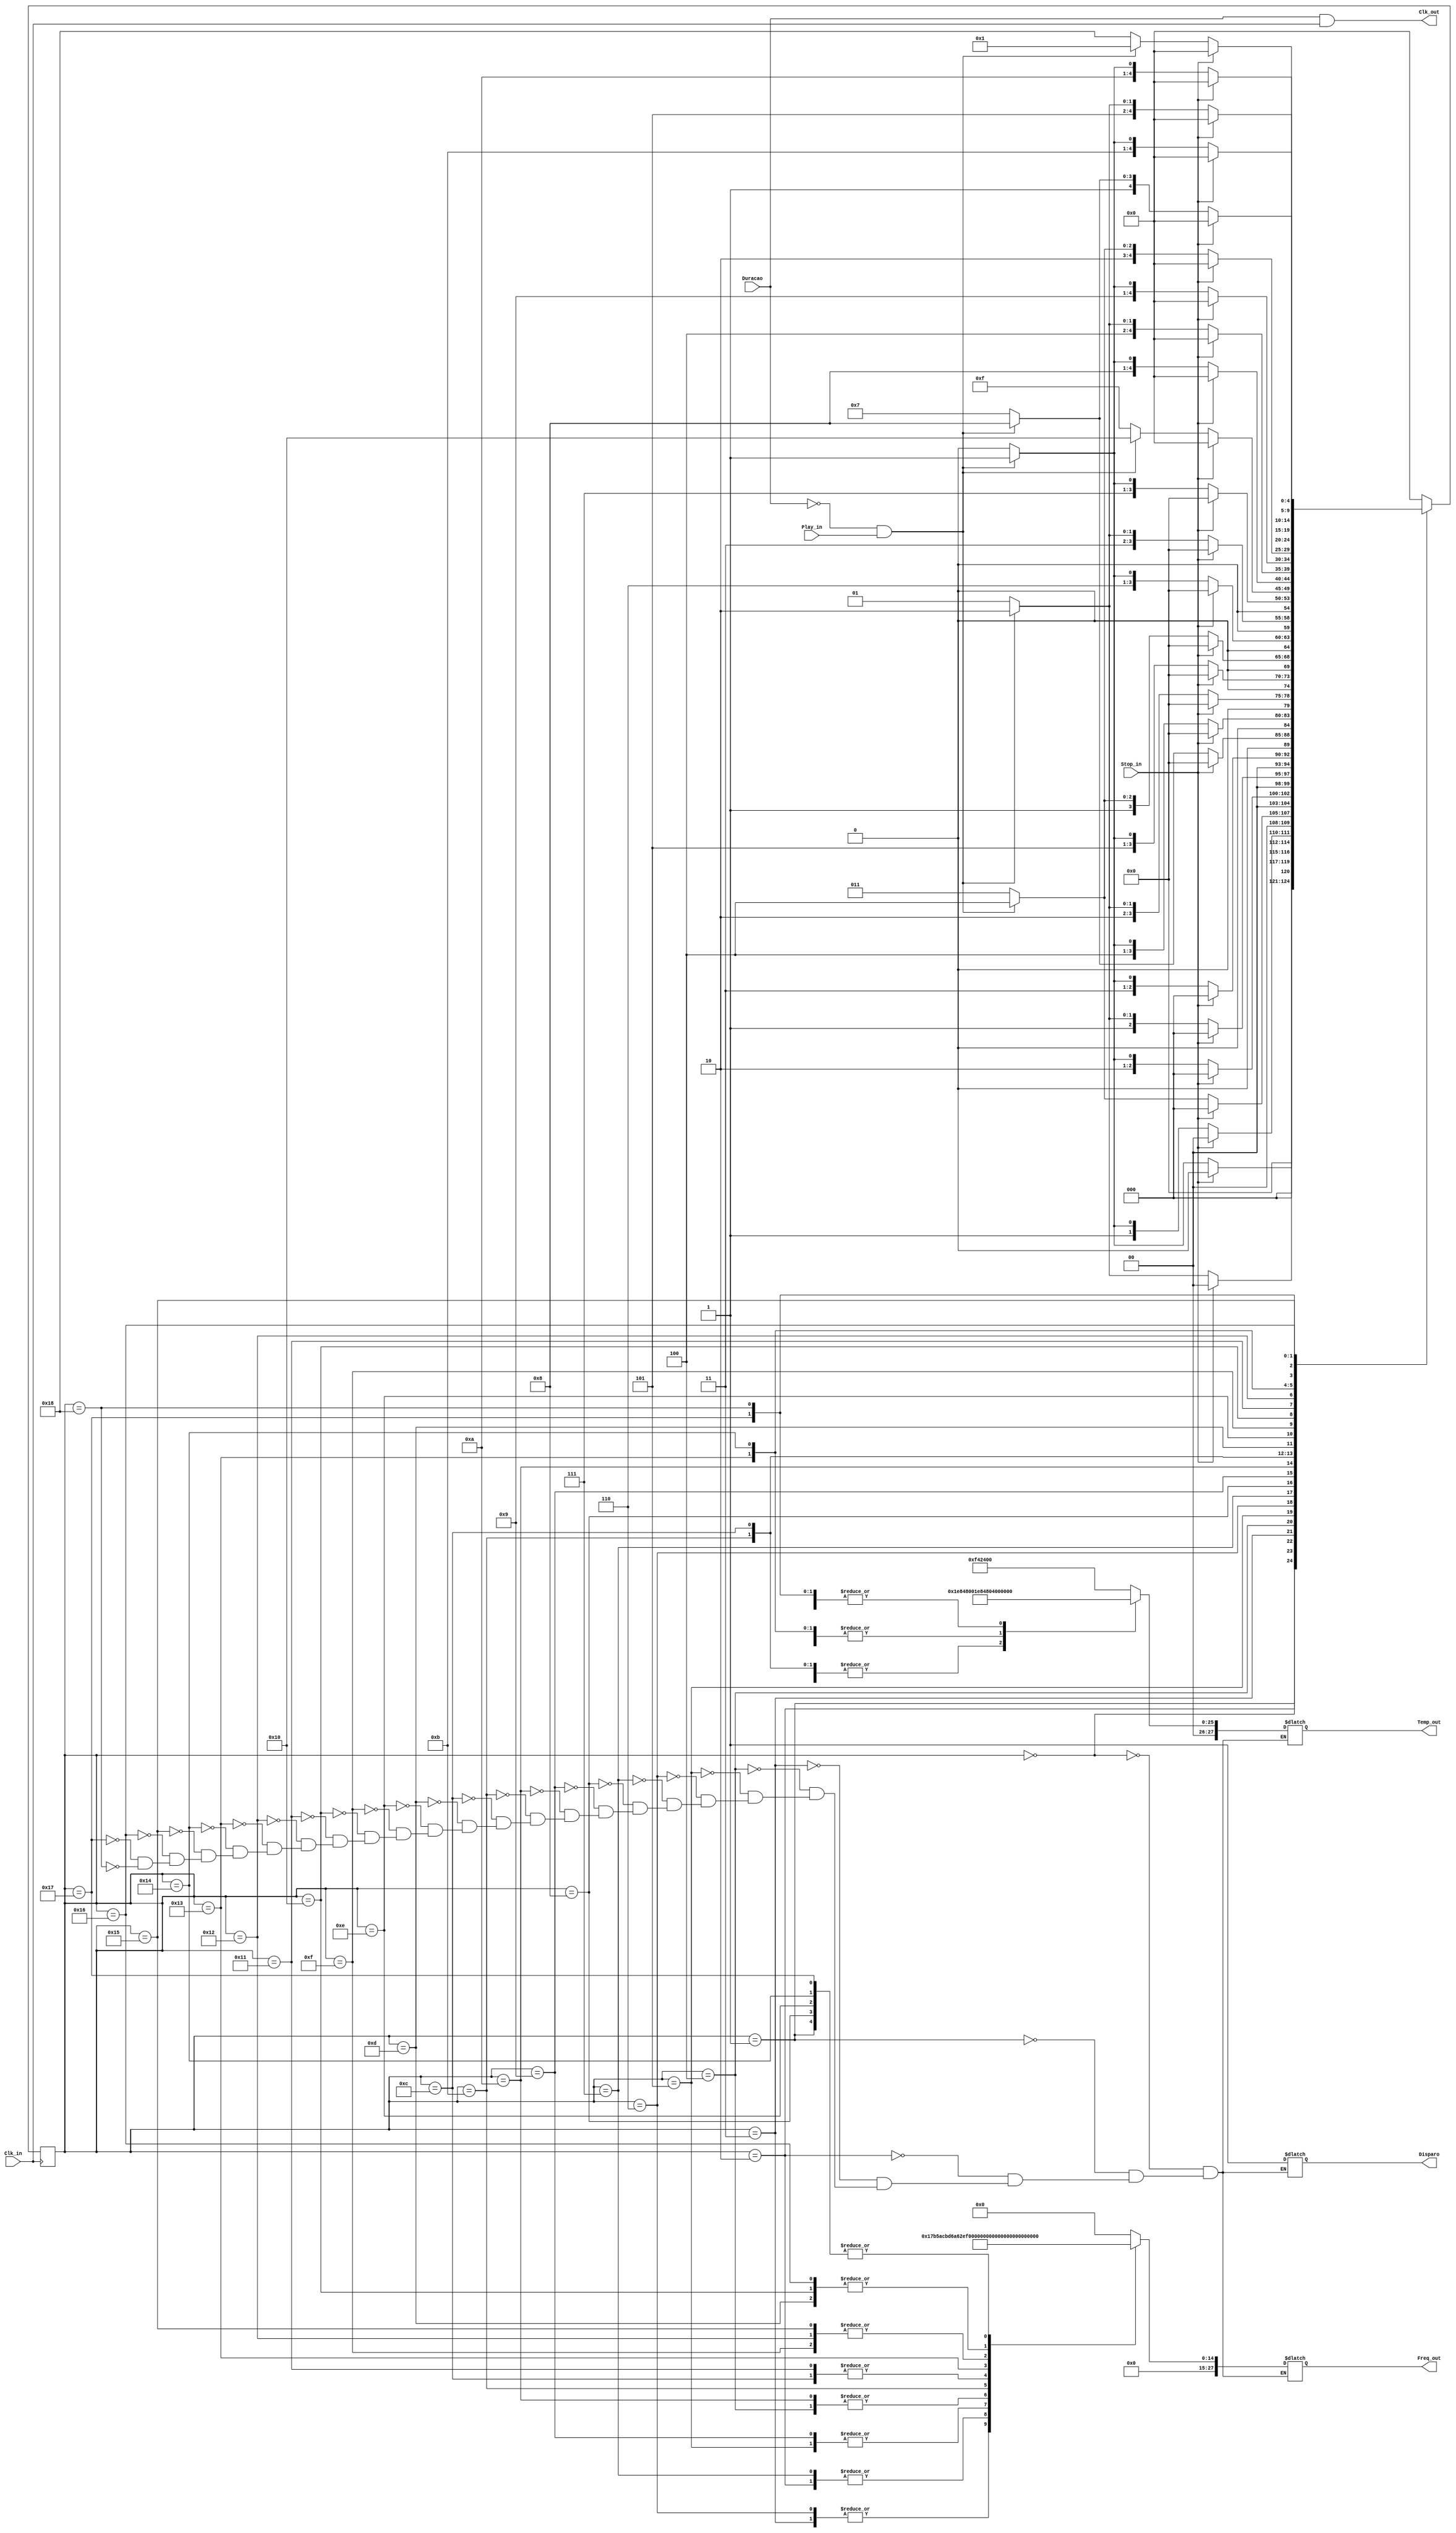
module controlador_over_the_rainbow 
( output Clk_out,
  output reg Disparo,
  output reg [27:0] Temp_out,
  output reg [27:0] Freq_out,	
  input	Clk_in, Duracao, Stop_in, Play_in
);

	///clock da placa
	`define clk_FPGA 50000000 //50MHz
	//overflow para frequencias (50MHz)
	`define Re3 27244 //583Hz (R3)
	`define Mi3 24279 //659Hz (Mi3)
	`define Fa3 22922 //698Hz (F3)
	`define Sol3 20408 //784Hz (Sol3)
	`define La3 18181 //880Hz (L3)
	`define Sib3 17167 //932Hz (Sib3)
	`define Do4 15296 //1046Hz (D4)
	`define Re4 13617 //1175Hz (R4)
	`define Mi4 12139 //1318Hz (Mi4)
	`define Fa4 11453 //1397Hz (F4)
	
	// overflow para tempos (50MHz)
	// BPM igual a 60 implica que t1, 1 batida, representa 1 seg
	//`define BPM 100 //batidas por minuto
	//`define BPS <= BPM / 60 //batidas por segundo
	`define ov_t4 (4 * 16000000) / (100/60) //overflow 4 batidas
	`define ov_t2  (2 * 16000000) / (100/60) //overflow 2 batidas
	`define ov_t1 (16000000) / (100/60) //overflow 1 batida
	`define ov_t1_2 (16000000/2) / (100/60) //overflow 1/2 batidas
	
	//FSM Declarao de estados 
	reg [4:0] estado, prox_estado;
	localparam s0 = 5'b00000;   //define estado 0
	localparam s1 = 5'b00001;   //define estado 1
	localparam s2 = 5'b00010;   //define estado 2
	localparam s3 = 5'b00011;   //define estado 3
	localparam s4 = 5'b00100;   //define estado 4
	localparam s5 = 5'b00101;   //define estado 5
	localparam s6 = 5'b00110;   //define estado 6
	localparam s7 = 5'b00111;   //define estado 7
	localparam s8 = 5'b01000;   //define estado 8
	localparam s9 = 5'b01001;   //define estado 9
	localparam s10 = 5'b01010;   //define estado 10
	localparam s11 = 5'b01011;   //define estado 11
	localparam s12 = 5'b01100;   //define estado 12
	localparam s13 = 5'b01101;   //define estado 13
	localparam s14 = 5'b01110;   //define estado 14
	localparam s15 = 5'b01111;   //define estado 15
	localparam s16 = 5'b10000;   //define estado 16
	localparam s17 = 5'b10001;   //define estado 17
	localparam s18 = 5'b10010;   //define estado 18
	localparam s19 = 5'b10011;   //define estado 19
	localparam s20 = 5'b10100;   //define estado 20
	localparam s21 = 5'b10101;   //define estado 21
	localparam s22 = 5'b10110;   //define estado 22
	localparam s23 = 5'b10111;   //define estado 23
	localparam s24 = 5'b11000;   //define estado 24
	
	always @ (posedge Clk_in)
	begin : L1
		estado <= prox_estado;
	end
	
	always @ (*)//Combinacional 
	begin : L2
		case (estado)
			s0: if (Stop_in == 1'b1)
				 begin
					prox_estado <= s0;
				 end
				 else
				 begin
					if (Duracao == 1'b0 && Play_in == 1'b1)
						prox_estado <= s1;
					else prox_estado <= s0;
				end
			s1: if (Stop_in == 1'b1)
				 begin
					prox_estado <= s0;
				 end
				 else
				 begin 
					if (Duracao == 1'b0 && Play_in == 1'b1)
						prox_estado <= s2;
					else prox_estado <= s1;
				 end
			s2: if (Stop_in == 1'b1)
				 begin
					prox_estado <= s0;
				 end
				 else
				 begin
					if (Duracao == 1'b0 && Play_in == 1'b1) 
						prox_estado <= s3;
					else prox_estado <= s2;
				 end
			s3:if (Stop_in == 1'b1)
				begin
					prox_estado <= s0;
				end
				else
				begin
					if (Duracao == 1'b0 && Play_in == 1'b1) 
						prox_estado <= s4;
					else prox_estado <= s3;
				end
			s4:if (Stop_in == 1'b1)
				begin
					prox_estado <= s0;
				end
				else
				begin
					if (Duracao == 1'b0 && Play_in == 1'b1)
						prox_estado <= s5;
					else prox_estado <= s4;
				end
			s5:if (Stop_in == 1'b1)
				begin
					prox_estado <= s0;
				end
				else
				begin
					if (Duracao == 1'b0 && Play_in == 1'b1) 
						prox_estado <= s6;
					else prox_estado <= s5;
				end
			s6:if (Stop_in == 1'b1)
				begin
					prox_estado <= s0;
				end
				else
				begin
					if (Duracao == 1'b0 && Play_in == 1'b1) 
						prox_estado <= s7;
					else prox_estado <= s6;
				end
			s7:if (Stop_in == 1'b1)
				begin
					prox_estado <= s0;
				end
				else
				begin
					if (Duracao == 1'b0 && Play_in == 1'b1) 
						prox_estado <= s8;
					else prox_estado <= s7;
				end
			s8:if (Stop_in == 1'b1)
				begin
					prox_estado <= s0;
				end 
				else
				begin
					if (Duracao == 1'b0 && Play_in == 1'b1)
						prox_estado <= s9;
					else prox_estado <= s8;
				end
			s9:if (Stop_in == 1'b1)
				begin
					prox_estado <= s0;
				end
				else
				begin
					if (Duracao == 1'b0 && Play_in == 1'b1)
						prox_estado <= s10;
					else prox_estado <= s9;
				end
			s10:if (Stop_in == 1'b1)
				begin
					prox_estado <= s0;
				end
				else
				begin
					if (Duracao == 1'b0 && Play_in == 1'b1)
						prox_estado <= s11;
					else prox_estado <= s10;
				end
			s11:if (Stop_in == 1'b1)
				begin
					prox_estado <= s0;
				end
				else
				begin
					if (Duracao == 1'b0 && Play_in == 1'b1)
						prox_estado <= s12;
					else prox_estado <= s11;
				end
			s12:if (Stop_in == 1'b1)
				begin
					prox_estado <= s0;
				end
				else
				begin
					if (Duracao == 1'b0 && Play_in == 1'b1)
						prox_estado <= s13;
					else prox_estado <= s12;
				end
			s13:if (Stop_in == 1'b1)
				begin
					prox_estado <= s0;
				end
				else
				begin
					if (Duracao == 1'b0 && Play_in == 1'b1)
						prox_estado <= s14;
					else prox_estado <= s13;
				end
			s14:if (Stop_in == 1'b1)
				begin
					prox_estado <= s0;
				end
				else
				begin
					if (Duracao == 1'b0 && Play_in == 1'b1)
						prox_estado <= s15;
					else prox_estado <= s14;
				end
			s15:if (Stop_in == 1'b1)
				begin
					prox_estado <= s0;
				end 
				else
				begin
					if (Duracao == 1'b0 && Play_in == 1'b1)
						prox_estado <= s16;
					else prox_estado <= s15;
				end
			s16:if (Stop_in == 1'b1)
				begin
					prox_estado <= s0;
				end
				else
				begin
					if (Duracao == 1'b0 && Play_in == 1'b1)
						prox_estado <= s17;
					else prox_estado <= s16;
				end
			s17:if (Stop_in == 1'b1)
				begin
					prox_estado <= s0;
				end
				else
				begin
					if (Duracao == 1'b0 && Play_in == 1'b1)
						prox_estado <= s18;
					else prox_estado <= s17;
				end
			s18:if (Stop_in == 1'b1)
				begin
					prox_estado <= s0;
				end 
				else
				begin
					if (Duracao == 1'b0 && Play_in == 1'b1)
						prox_estado <= s19;
					else prox_estado <= s18;
				end
			s19:if (Stop_in == 1'b1)
				begin
					prox_estado <= s0;
				end
				else
				begin
					if (Duracao == 1'b0 && Play_in == 1'b1)
						prox_estado <= s20;
					else prox_estado <= s19;
				end
			s20:if (Stop_in == 1'b1)
				begin
					prox_estado <= s0;
				end 
				else
				begin
					if (Duracao == 1'b0 && Play_in == 1'b1)
						prox_estado <= s21;
					else prox_estado <= s20;
				end
			s21:if (Stop_in == 1'b1)
				begin
					prox_estado <= s0;
				end 
				else
				begin
					if (Duracao == 1'b0 && Play_in == 1'b1)
						prox_estado <= s22;
					else prox_estado <= s21;
				end
			s22:if (Stop_in == 1'b1)
				begin
					prox_estado <= s0;
				end
				else
				begin
					if (Duracao == 1'b0 && Play_in == 1'b1)
						prox_estado <= s23;
					else prox_estado <= s22;
				end
			s23:if (Stop_in == 1'b1)
				begin
					prox_estado <= s0;
				end
				else
				begin
					if (Duracao == 1'b0 && Play_in == 1'b1)
						prox_estado <= s24;
					else prox_estado <= s23;
				end
			s24:if (Stop_in == 1'b1)
				begin
					prox_estado <= s0;
				end
				else
				begin
					if (Duracao == 1'b0 && Play_in == 1'b1)
						prox_estado <= s1;
					else prox_estado <= s24;
				end
			default: prox_estado <= s0; //recupera de estado invlido
		endcase
	end	
	
	//FSM Lgica para controle das sadas
	always @ (estado)//Combinacional 
	begin : L3
		case (estado) //s0 apenas inicia a prox nota
			s0: nota(0,`ov_t1);  //freq atual, dur prox		
			s1: nota(`Fa3,`ov_t2);//freq atual, dur prox
			s2: nota(`Fa4,`ov_t2);//freq atual, dur prox
			s3: nota(`Mi4,`ov_t1);//freq atual, dur prox
			s4: nota(`Do4,`ov_t1_2);//freq atual, dur prox
			s5: nota(`Re4,`ov_t1_2);//freq atual, dur prox
			s6: nota(`Mi4,`ov_t1);//freq atual, dur prox
			s7: nota(`Fa4,`ov_t1);//freq atual, dur prox
			s8: nota(`Fa3,`ov_t2);//freq atual, dur prox
			s9: nota(`Re4,`ov_t2);//freq atual, dur prox
			s10: nota(`Do4,`ov_t4);//freq atual, dur prox
			s11: nota(`Re3,`ov_t2);//freq atual, dur prox
			s12: nota(`Sib3,`ov_t2);//freq atual, dur prox
			s13: nota(`La3,`ov_t1);//freq atual, dur prox
			s14: nota(`Fa3,`ov_t1_2);//freq atual, dur prox
			s15: nota(`Sol3,`ov_t1_2);//freq atual, dur prox
			s16: nota(`La3,`ov_t1);//freq atual, dur prox
			s17: nota(`Sib3,`ov_t1);//freq atual, dur prox
			s18: nota(`Sol3,`ov_t1);//freq atual, dur prox
			s19: nota(`Mi3,`ov_t1_2);//freq atual, dur prox
			s20: nota(`Fa3,`ov_t1_2);//freq atual, dur prox
			s21: nota(`Sol3,`ov_t1);//freq atual, dur prox
			s22: nota(`La3,`ov_t1);//freq atual, dur prox
			s23: nota(`Fa3,`ov_t4);//freq atual, dur prox
			s24: nota(0,`ov_t4);//freq atual, dur prox
		endcase
	end
	
	
	//Atribuio contnua
	assign Clk_out = Duracao & Clk_in;	
	
	//Tarefa para atribuio de sadas nos estados
	task nota( input [27:0] ov_f, ov_t);
	begin
		Temp_out = ov_t; //define a durao	proxima nota			
		Freq_out = ov_f; //define a frequncia nota atual
		Disparo = 1'b1;  //dispara o temp a prxima nota		
	end
	endtask
	
endmodule